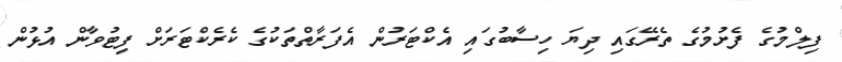
ފިލްމުގެ ފެށުމުގެ ތެރޭގައި ދިޔަ ހިސާބުގައި އެކްޓަރުން އެފަރާތްތަކުގެ ކެރެކްޓަރަށް ފިޓުވާން އުޅުން